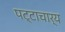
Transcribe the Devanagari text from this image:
पट्टाचार्य